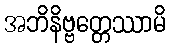
အဘိနိဗ္ဗတ္တေဿာမိ